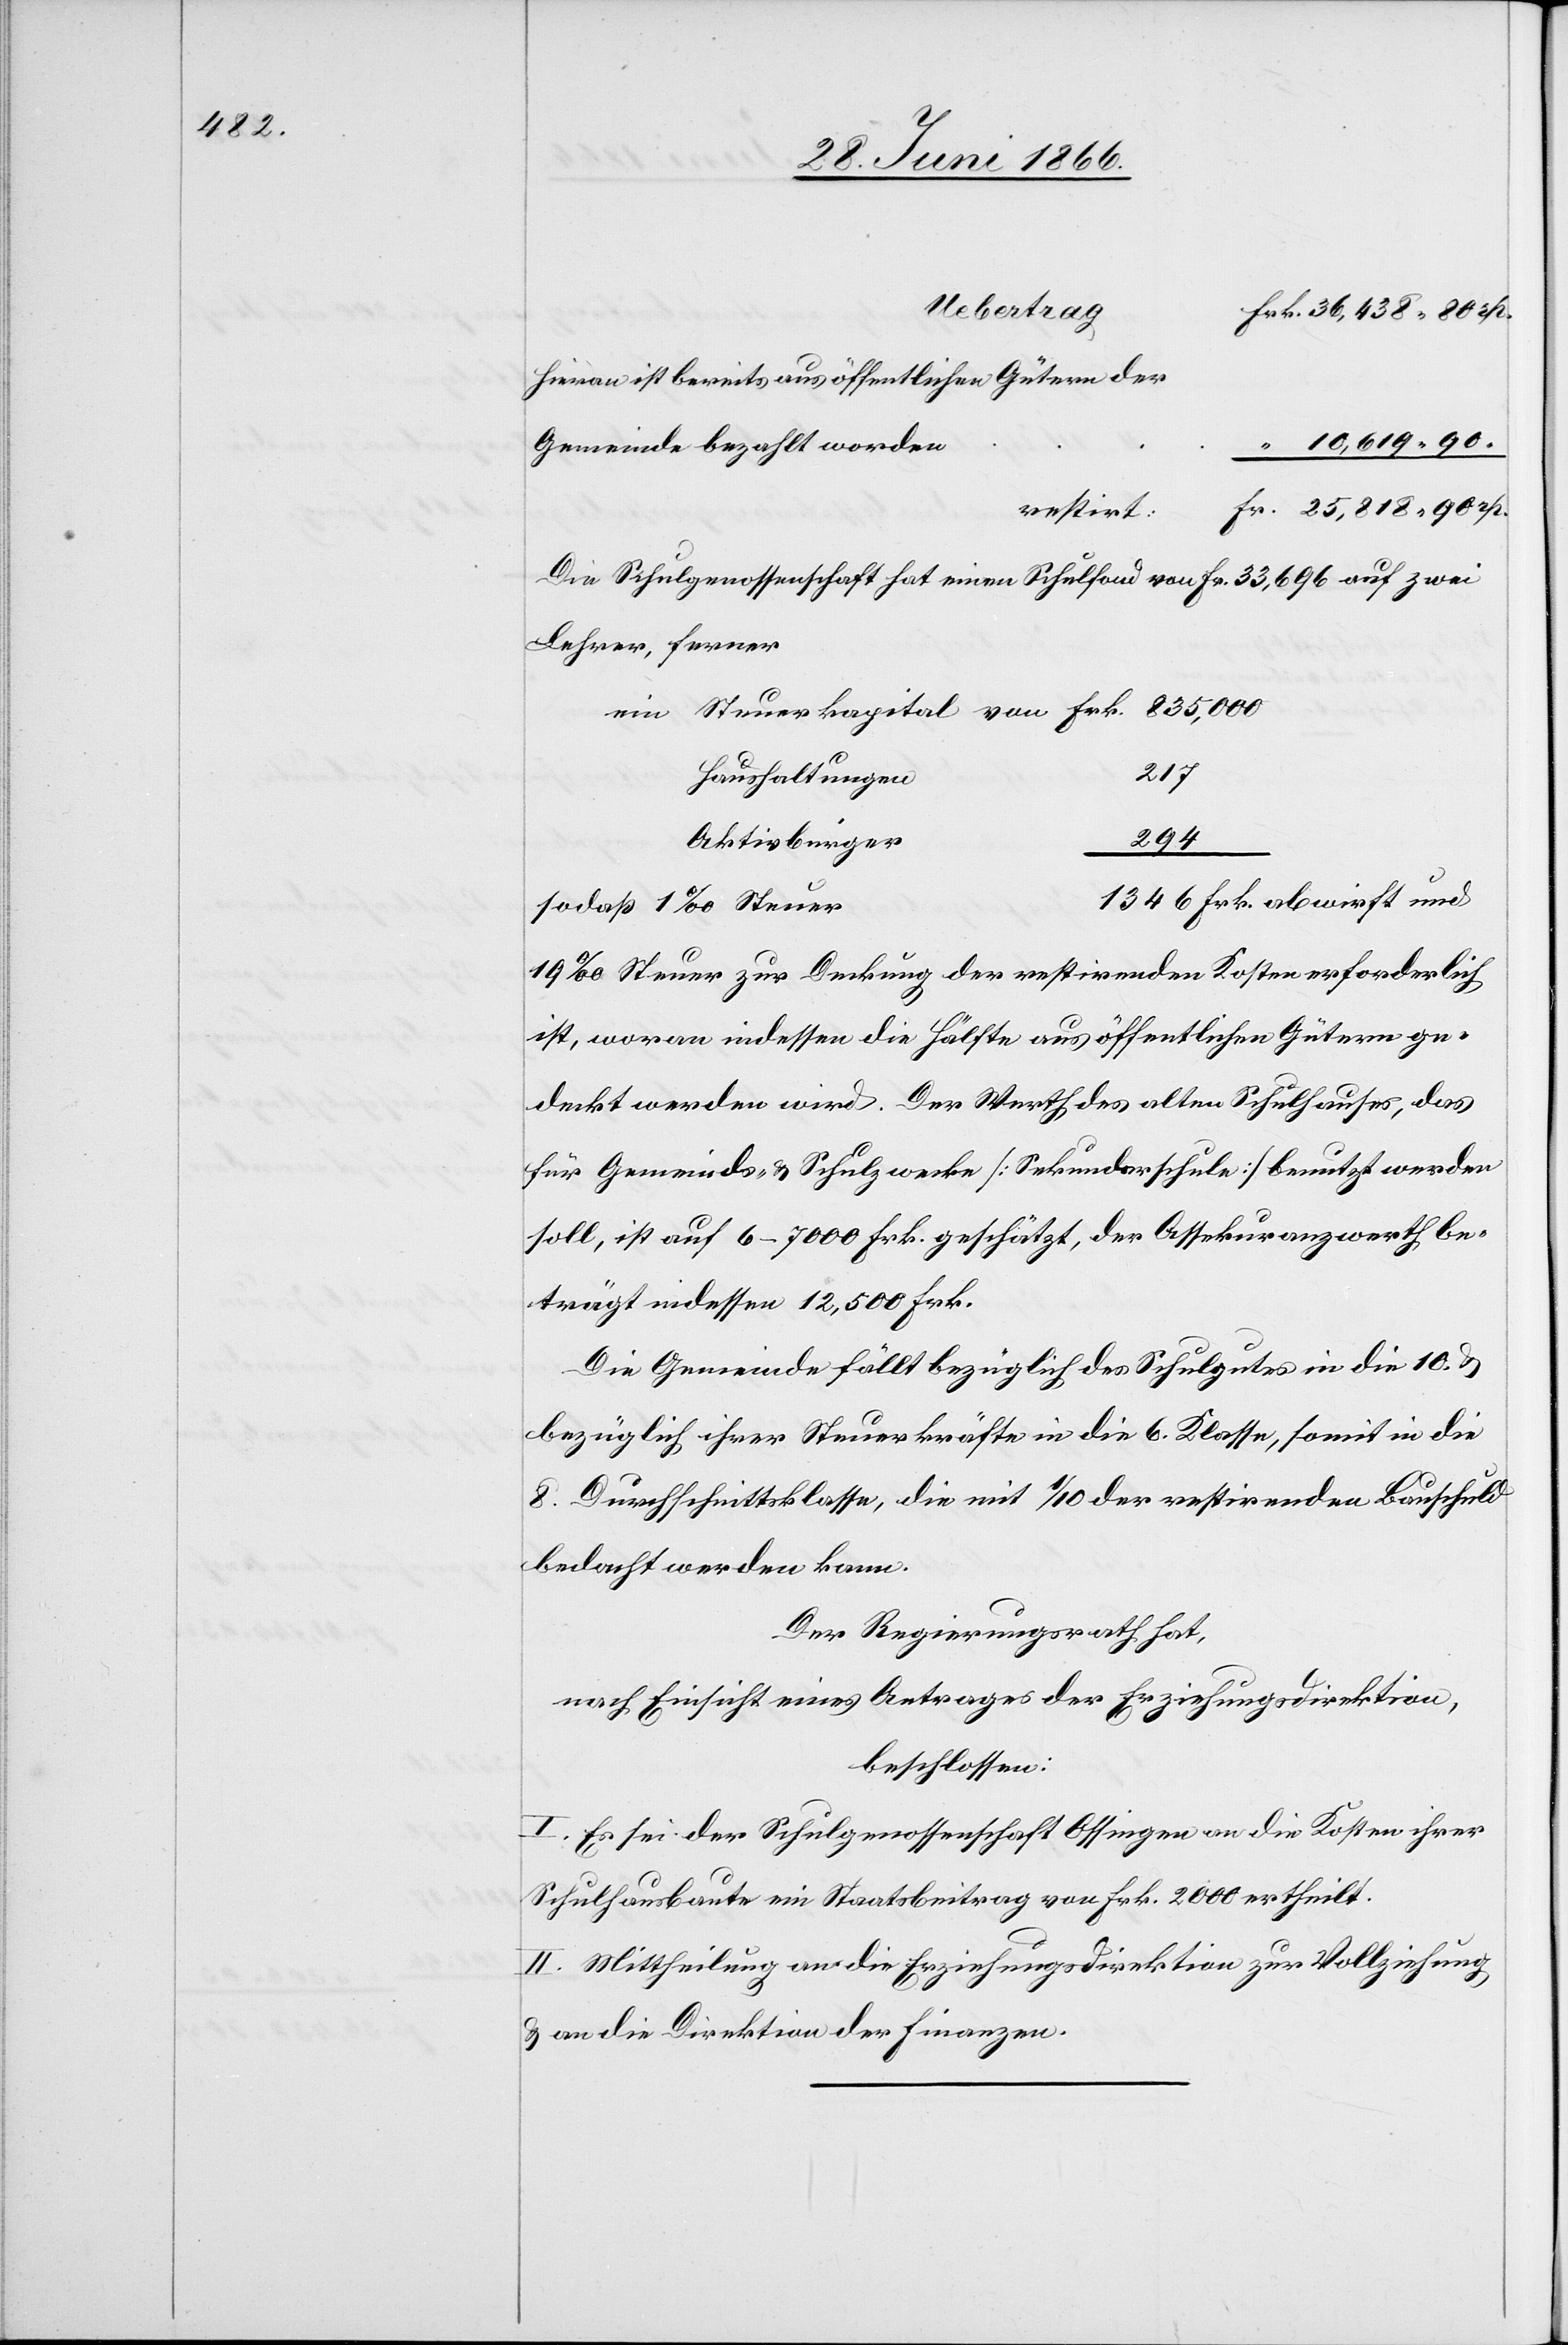
Uebertrag
Hieran bereits aus öffentlichen Gütern der
10 619.90
Gemeinde bezahlt worden
restirt
Die Schulgenossenschaft hat einen Schulfond von Fr. 33 696 auf zwei
Lehrer, ferner
217
Haushaltungen
294
Aktivbürger
von
1346 Frk. abwirft und
sodaß 1 ‰ Steuer
19 ‰ Steuer zur Deckung der restirenden Kosten erforderlich
ist, woran indessen die Hälfte aus öffentlichen Gütern ge¬
deckt werden wird. Der Werth des alten Schulhauses, das
für Gemeinde u. Schulzwecke [Sekundarschule] benutzt werden
soll, ist auf 6–7000 Frk. geschätzt, der Assekuranzwerth be¬
trägt indessen 12 500 Frk.
Die Gemeinde fällt bezüglich des Schulgutes in die 10. u.
bezüglich ihrer Steuerkräfte in die 6. Klasse, somit in die
8. Durchschnittsklasse, die mit 1/10 der restirenden Bauschuld
bedacht werden kann.
Der Regierungsrath hat,
nach Einsicht eines Antrages der Erziehungsdirektion,
beschlossen:
I. Es sei der Schulgenossenschaft Ossingen an die Kosten ihrer
Schulhausbaute ein Staatsbeitrag von Frk. 2000 ertheilt.
II. Mittheilung an die Erziehungsdirektion zur Vollziehung
u. an die Direktion der Finanzen.